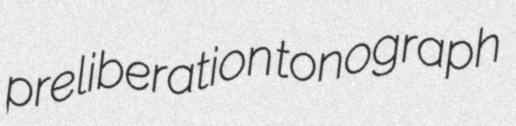
preliberation tonograph